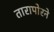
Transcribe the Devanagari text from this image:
तारापोरने